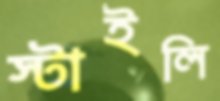
স্টাইলি